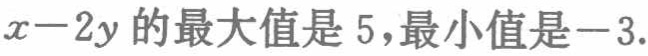
\(x - 2y\)的最大值是\(5\)，最小值是\(-3\).